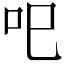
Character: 𱒄